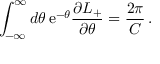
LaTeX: \int _ { - \infty } ^ { \infty } d \theta \, \mathrm { e } ^ { - \theta } \frac { \partial L _ { + } } { \partial \theta } = \frac { 2 \pi } { C } \, .